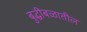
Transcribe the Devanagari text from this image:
बुद्धीबळातील